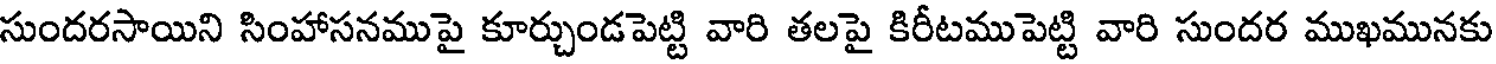
సుందరసాయిని సింహాసనముపై కూర్చుండపెట్టి వారి తలపై కిరీటముపెట్టి వారి సుందర ముఖమునకు